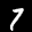
Label: 7